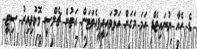
ޑެ ހެއާ ޔުނައިޓެޑް ހަމަ މަގަށް އަޅުވައިދީފިއެވަޓަން އަތުން ޗެލްސީ މޮޅުވިއިރު ސިޓީ